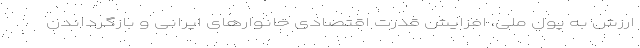
ارزش به پول ملی، افزایش قدرت اقتصادی خانوارهای ایرانی و بازگرداندن